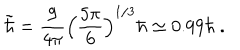
LaTeX: \tilde { \hbar } = { \frac { 9 } { 4 \pi } } \Big ( { \frac { 5 \pi } { 6 } } \Big ) ^ { 1 / 3 } \hbar \simeq 0 . 9 9 \hbar \ .